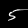
Digit: 5